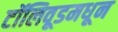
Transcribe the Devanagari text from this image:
टॉलिवूडमधून